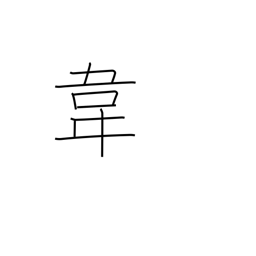
Meaning: tanned leather radical (no. 178)